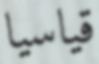
قياسيا